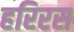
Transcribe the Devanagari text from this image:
हरिरस